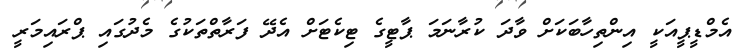
އެމްޑީޕީއަކީ އިންތިހާބަކަށް ވާދަ ކުރާނަމަ ޕާޓީގެ ޓިކެޓަށް އެދޭ ފަރާތްތަކުގެ މެދުގައި ޕްރައިމަރީ